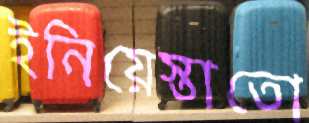
ইনিয়েস্তাতো